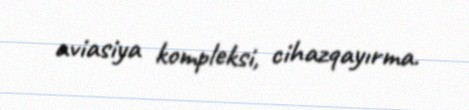
aviasiya kompleksi, cihazqayırma.